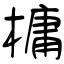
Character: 槦